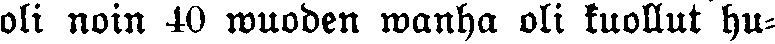
oli noin 40 wuoden wanha oli kuollut hu-